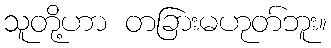
သူတို့ဟာ တခြားမဟုတ်ဘူး။